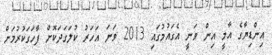
އިންޑިޔާގެ އާމީ އިން ވަނީ އެގައުމުގައި 2013 ވަނަ އަހަރު ކުލަގަދަކޮށް ފާހަގަކުރުމަށް